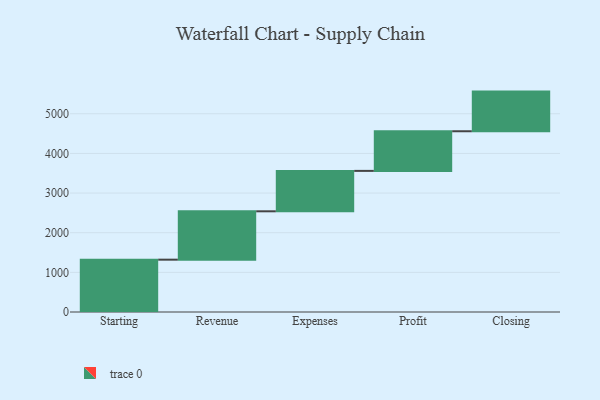
{"axis": {"x": "Step", "y": "Value"}, "legend": [""], "data": [{"x": "Starting", "y": 1320.0, "type": ""}, {"x": "Revenue", "y": 1220.0, "type": ""}, {"x": "Expenses", "y": 1019.0, "type": ""}, {"x": "Profit", "y": 1000, "type": ""}, {"x": "Closing", "y": 1000, "type": ""}]}